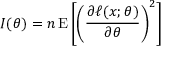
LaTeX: I ( \theta ) = n \operatorname { E } \left[ \left( { \frac { \partial \ell ( x ; \theta ) } { \partial \theta } } \right) ^ { 2 } \right]